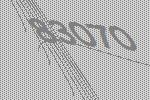
83070